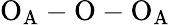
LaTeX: \mathrm{O_{A}-O-O_{A}}